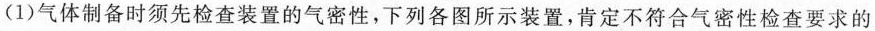
(1)气体制备时须先检查装置的气密性，下列各图所示装置，肯定不符合气密性检查要求的